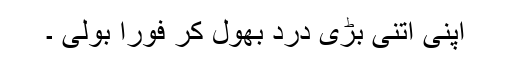
اپنی اتنی بڑی درد بھول کر فورا بولی ۔